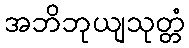
အဘိဘုယျသုတ္တံ